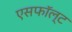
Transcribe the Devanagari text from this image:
एसफॉल्ट